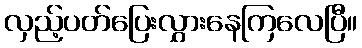
လှည့်ပတ်ပြေးလွှားနေကြလေပြီ။